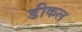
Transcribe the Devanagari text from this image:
डीकल